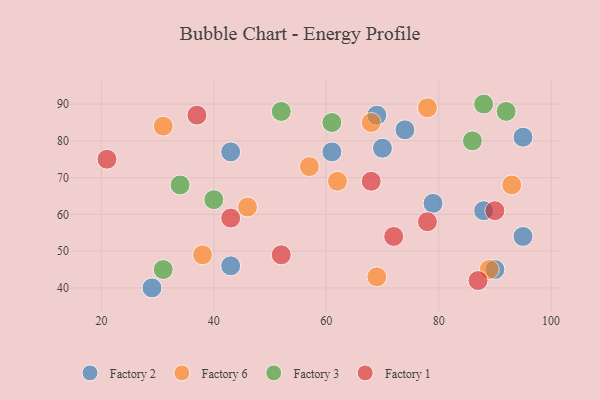
{"axis": {"x": "GDP", "y": "Life Expectancy"}, "legend": ["Factory 1", "Factory 2", "Factory 3", "Factory 6"], "data": [{"x": "79", "y": 63, "type": "Factory 2"}, {"x": "95", "y": 54, "type": "Factory 2"}, {"x": "88", "y": 61, "type": "Factory 2"}, {"x": "74", "y": 83, "type": "Factory 2"}, {"x": "43", "y": 77, "type": "Factory 2"}, {"x": "69", "y": 87, "type": "Factory 2"}, {"x": "95", "y": 81, "type": "Factory 2"}, {"x": "90", "y": 45, "type": "Factory 2"}, {"x": "29", "y": 40, "type": "Factory 2"}, {"x": "43", "y": 46, "type": "Factory 2"}, {"x": "61", "y": 77, "type": "Factory 2"}, {"x": "70", "y": 78, "type": "Factory 2"}, {"x": "93", "y": 68, "type": "Factory 6"}, {"x": "89", "y": 45, "type": "Factory 6"}, {"x": "38", "y": 49, "type": "Factory 6"}, {"x": "62", "y": 69, "type": "Factory 6"}, {"x": "68", "y": 85, "type": "Factory 6"}, {"x": "31", "y": 84, "type": "Factory 6"}, {"x": "46", "y": 62, "type": "Factory 6"}, {"x": "57", "y": 73, "type": "Factory 6"}, {"x": "78", "y": 89, "type": "Factory 6"}, {"x": "69", "y": 43, "type": "Factory 6"}, {"x": "86", "y": 80, "type": "Factory 3"}, {"x": "52", "y": 88, "type": "Factory 3"}, {"x": "61", "y": 85, "type": "Factory 3"}, {"x": "88", "y": 90, "type": "Factory 3"}, {"x": "34", "y": 68, "type": "Factory 3"}, {"x": "92", "y": 88, "type": "Factory 3"}, {"x": "31", "y": 45, "type": "Factory 3"}, {"x": "40", "y": 64, "type": "Factory 3"}, {"x": "52", "y": 49, "type": "Factory 1"}, {"x": "90", "y": 61, "type": "Factory 1"}, {"x": "72", "y": 54, "type": "Factory 1"}, {"x": "21", "y": 75, "type": "Factory 1"}, {"x": "43", "y": 59, "type": "Factory 1"}, {"x": "87", "y": 42, "type": "Factory 1"}, {"x": "68", "y": 69, "type": "Factory 1"}, {"x": "78", "y": 58, "type": "Factory 1"}, {"x": "37", "y": 87, "type": "Factory 1"}]}